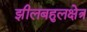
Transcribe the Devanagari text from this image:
झीलबहुलक्षेत्र